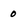
Character: 0